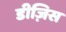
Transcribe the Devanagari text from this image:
डीज़िस